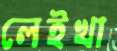
লেইখা